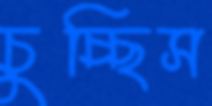
চুচ্ছিস